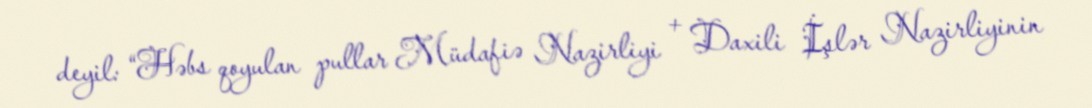
deyil: “Həbs qoyulan pullar Müdafiə Nazirliyi + Daxili İşlər Nazirliyinin